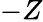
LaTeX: -Z